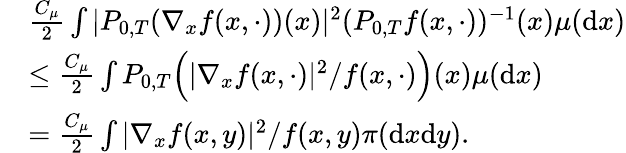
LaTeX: \begin{array}{rl}&{\frac{C_{\mu}}{2}\int|P_{0,T}(\nabla_{x}f(x,\cdot))(x)|^{2}(P_{0,T}f(x,\cdot))^{-1}(x)\mu(\mathrm{d}x)}\\ &{\leq\frac{C_{\mu}}{2}\int P_{0,T}\Big(|\nabla_{x}f(x,\cdot)|^{2}/f(x,\cdot)\Big)(x)\mu(\mathrm{d}x)}\\ &{=\frac{C_{\mu}}{2}\int|\nabla_{x}f(x,y)|^{2}/f(x,y)\pi(\mathrm{d}x\mathrm{d}y).}\end{array}